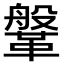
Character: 鞶